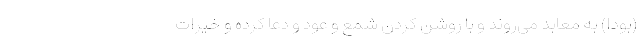
(بودا) به معابد می‌روند و با روشن کردن شمع و عود و دعا کرده و خیرات